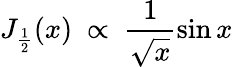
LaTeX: J_{\frac{1}{2}}(x)\ \propto\ \frac{1}{\sqrt{x}}\sin x